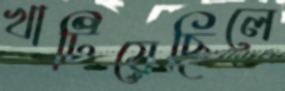
খাটিয়েছিলে